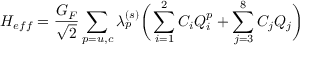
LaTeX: { \cal H } _ { e f f } = \frac { G _ { F } } { \sqrt { 2 } } \sum _ { p = u , c } \lambda _ { p } ^ { ( s ) } \bigg ( \sum _ { i = 1 } ^ { 2 } C _ { i } Q _ { i } ^ { p } + \sum _ { j = 3 } ^ { 8 } C _ { j } Q _ { j } \bigg )